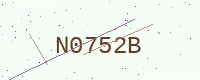
Text: N0752B